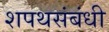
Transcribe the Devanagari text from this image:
शपथसंबंधी